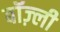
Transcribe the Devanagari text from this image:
बॉज़्ली